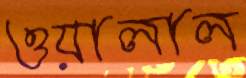
ওয়ালাল